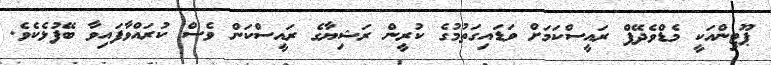
ޕޫޓިންއަކީ މެޑްވެދޭފް ރައީސްކަމަށް ވަޑައިގަތުމުގެ ކުރީން ރަޝިޔާގެ ރައީސްކަން ވެސް ކުރައްވާފައިވާ ބޭފުޅެކެވެ.